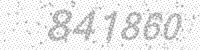
Solution: 841860